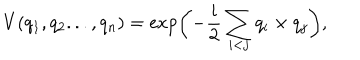
V ( q _ { 1 } , q _ { 2 } . . . , q _ { n } ) = \exp \biggl ( - \frac { i } { 2 } \sum _ { i < j } q _ { i } \times q _ { j } \biggr ) ,